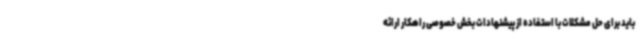
باید برای حل مشکلات با استفاده از پیشنهادات بخش خصوصی راهکار ارائه